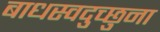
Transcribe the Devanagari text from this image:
बाधस्वदुच्छुना